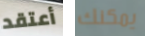
أعتقد يمكنك